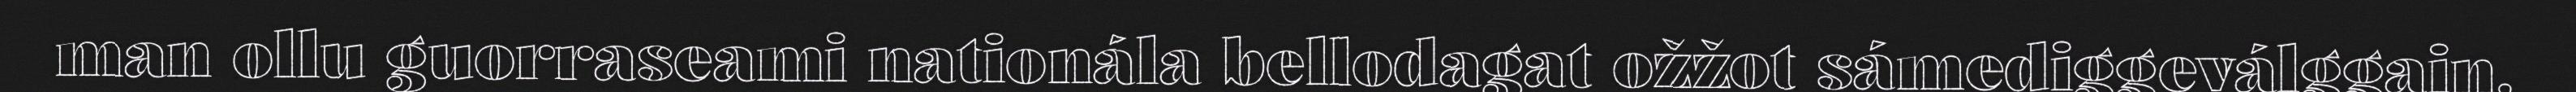
man ollu guorraseami nationála bellodagat ožžot sámediggeválggain,